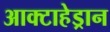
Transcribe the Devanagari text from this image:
आक्टाहेड्रान